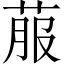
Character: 菔